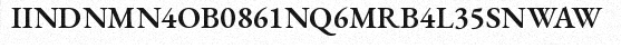
IINDNMN4OB0861NQ6MRB4L35SNWAW